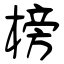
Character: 榜